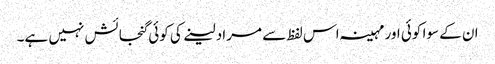
ان کے سوا کوئی اور مہینہ اس لفظ سے مراد لینے کی کوئی گنجائش نہیں ہے۔